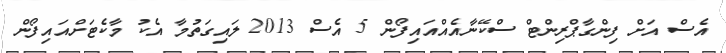
އެސް އަށް ފިންގާޕްރިންޓް ސްކޭނާއެއްއައިފޯން 5 އެސް 2013 ލައިގަތުމާ އެކު މާކެޓަށްއައިފޯން